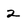
Character: 2